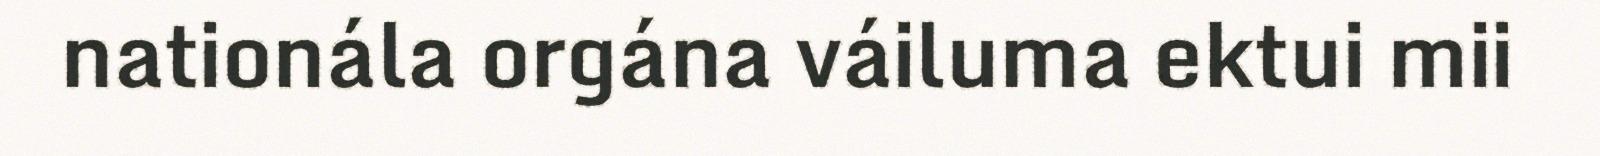
nationála orgána váiluma ektui mii